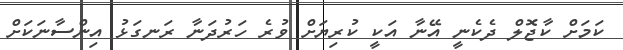
ކަމަށް ކާޖޮލް ދެކެނީ އޭނާ އަކީ ކުރިޔަށް ވުރެ ހަރުދަނާ ރަނގަޅު އިންސާނަކަށް